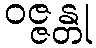
ဝဇ္ဇန္တု